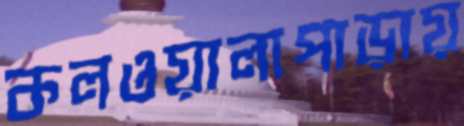
কলওয়ালাপাড়ায়